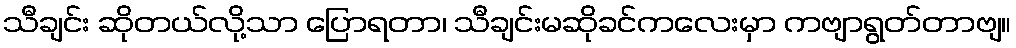
သီချင်း ဆိုတယ်လို့သာ ပြောရတာ၊ သီချင်းမဆိုခင်ကလေးမှာ ကဗျာရွတ်တာဗျ။